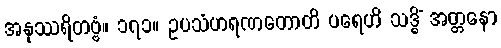
အနုဿရိတဗ္ဗံ။ ၁၇၁။ ဥပသံဟရဏတောတိ ပရေဟိ သဒ္ဓိံ အတ္တနော